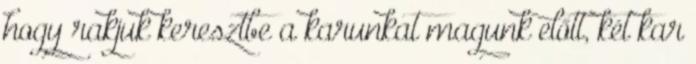
hogy rakjuk keresztbe a karunkat magunk előtt, két kar